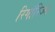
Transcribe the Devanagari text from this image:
रिगॉरिज्म